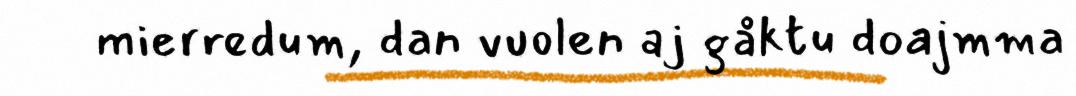
mierredum, dan vuolen aj gåktu doajmma